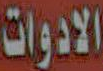
الادوات